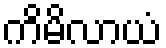
ကိမိလာယံ